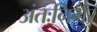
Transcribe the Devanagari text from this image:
अंतःनिर्भर